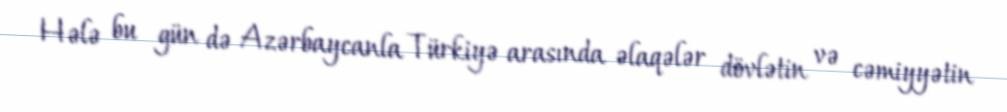
Hələ bu gün də Azərbaycanla Türkiyə arasında əlaqələr dövlətin və cəmiyyətin